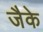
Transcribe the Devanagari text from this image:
जैके